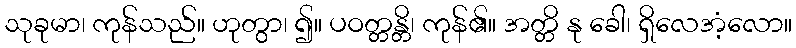
သုခုမာ၊ ကုန်သည်။ ဟုတွာ၊ ၍။ ပဝတ္တန္တိ၊ ကုန်၏။ အတ္တိ နု ခေါ၊ ရှိလေအံ့လော။